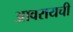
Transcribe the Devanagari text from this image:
आवरायची